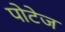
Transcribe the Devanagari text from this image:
पोटेज